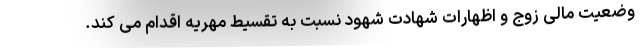
وضعیت مالی زوج و اظهارات شهادت شهود نسبت به تقسیط مهریه اقدام می کند.